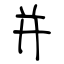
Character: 并